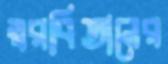
স্বরবিতানের